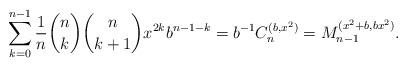
LaTeX: \begin{align*}\sum_{k=0}^{n-1}\frac{1}{n}{n \choose k}{n \choose k+1} x^{2k} b^{n-1-k}=b^{-1}C_n^{(b,x^2)}=M_{n-1}^{(x^2+b,bx^2)}.\end{align*}